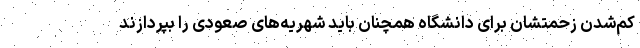
کم‌شدن زحمتشان برای دانشگاه همچنان باید شهریه‌های صعودی را بپردازند